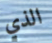
الذي